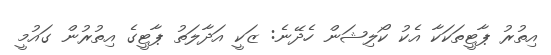
އިތުރު ޕާޓީތަކަކާ އެކު ކޯލިޝަން ހެދޭނެ: ޒަކީ އަދާލަތު ޕާޓީގެ އިތުރުން ގައުމީ